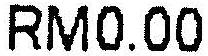
RM0.00